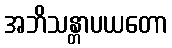
အဘိသန္တာပယတော